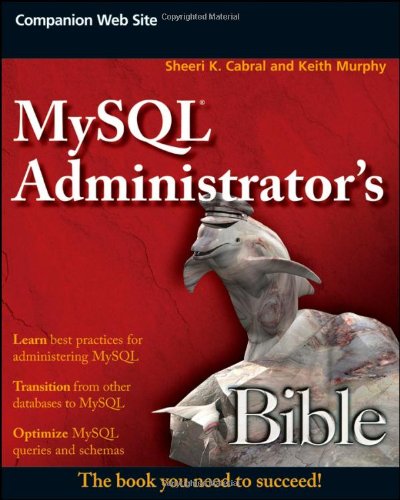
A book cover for MySQL Administrator's Bible; Sheeri K. Cabral; Computers & Technology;